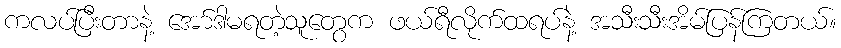
ကလပ်ပြီးတာနဲ့ အော်ဒါမရတဲ့သူတွေက ဖယ်ရီလိုက်ထရပ်နဲ့ အသီးသီးအိမ်ပြန်ကြတယ်။